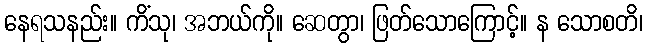
နေရသနည်း။ ကိံသု၊ အဘယ်ကို။ ဆေတွာ၊ ဖြတ်သောကြောင့်။ န သောစတိ၊